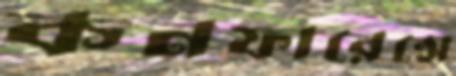
কনফারেন্সে